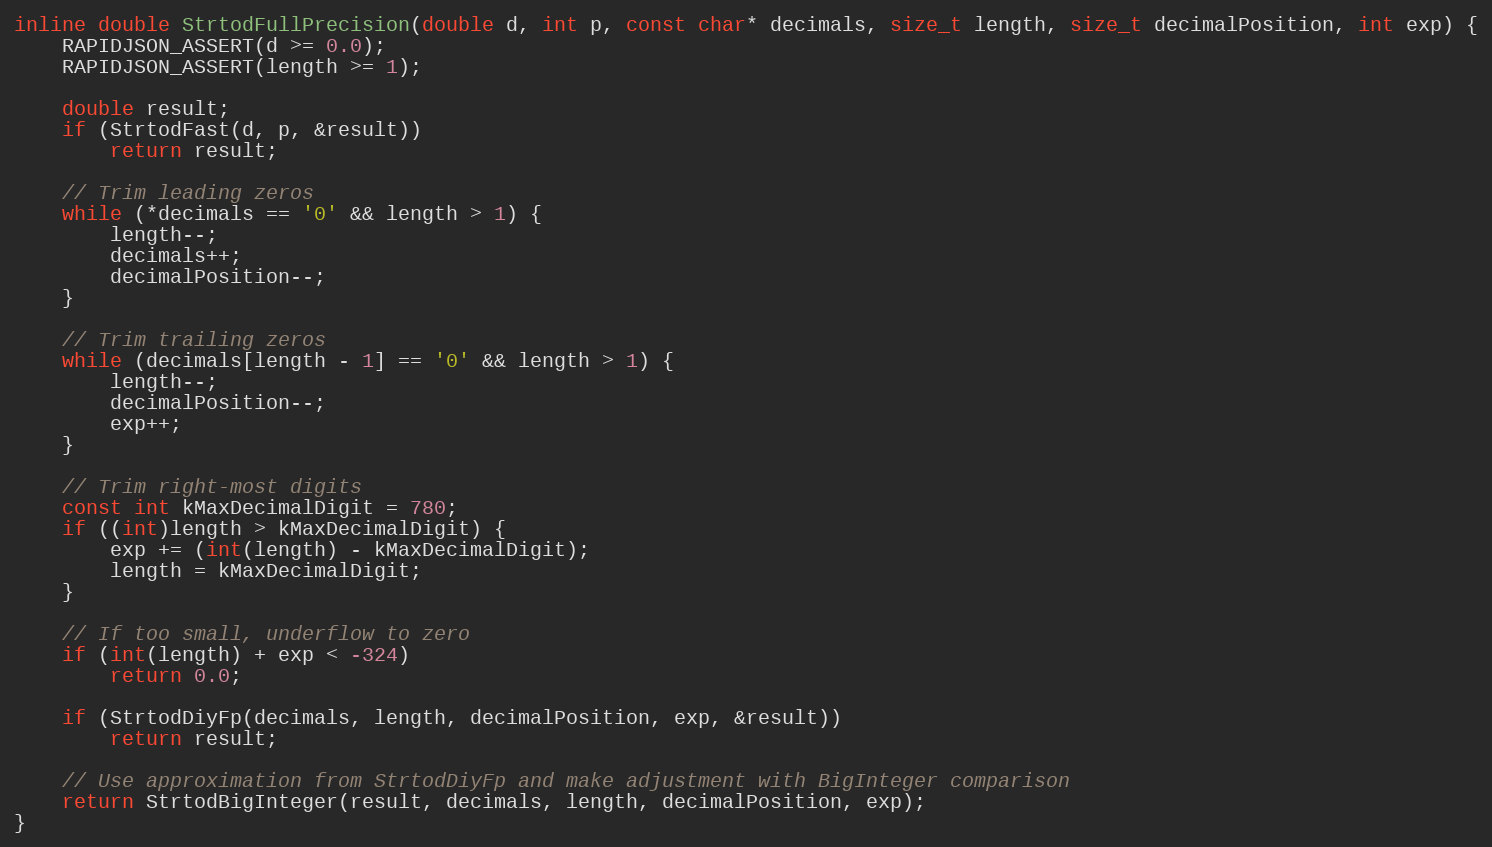
Language: C
inline double StrtodFullPrecision(double d, int p, const char* decimals, size_t length, size_t decimalPosition, int exp) {
    RAPIDJSON_ASSERT(d >= 0.0);
    RAPIDJSON_ASSERT(length >= 1);

    double result;
    if (StrtodFast(d, p, &result))
        return result;

    // Trim leading zeros
    while (*decimals == '0' && length > 1) {
        length--;
        decimals++;
        decimalPosition--;
    }

    // Trim trailing zeros
    while (decimals[length - 1] == '0' && length > 1) {
        length--;
        decimalPosition--;
        exp++;
    }

    // Trim right-most digits
    const int kMaxDecimalDigit = 780;
    if ((int)length > kMaxDecimalDigit) {
        exp += (int(length) - kMaxDecimalDigit);
        length = kMaxDecimalDigit;
    }

    // If too small, underflow to zero
    if (int(length) + exp < -324)
        return 0.0;

    if (StrtodDiyFp(decimals, length, decimalPosition, exp, &result))
        return result;

    // Use approximation from StrtodDiyFp and make adjustment with BigInteger comparison
    return StrtodBigInteger(result, decimals, length, decimalPosition, exp);
}